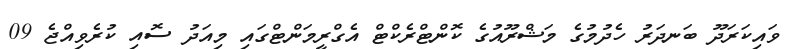
ވައިކަރަދޫ ބަނދަރު ހެދުމުގެ މަޝްރޫއުގެ ކޮންޓްރެކްޓް އެގްރީމަންޓްގައި މިއަދު ސޮއި ކުރެވިއްޖެ 09